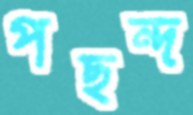
পছন্দ